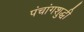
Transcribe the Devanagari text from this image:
पंचांगशुद्धी